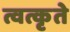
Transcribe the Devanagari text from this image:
त्वत्कृते